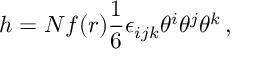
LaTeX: h = N f ( r ) \frac { 1 } { 6 } \epsilon _ { i j k } \theta ^ { i } \theta ^ { j } \theta ^ { k } \, ,